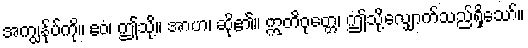
အကျွန်ုပ်ကို။ ဧဝံ၊ ဤသို့။ အာဟ၊ ဆို၏။ ဣတိဝုတ္တေ၊ ဤသို့လျှောက်သည်ရှိသော်။